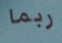
ربما